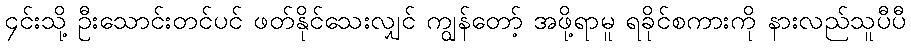
၄င်းသို့ ဦးသောင်းတင်ပင် ဖတ်နိုင်သေးလျှင် ကျွန်တော့် အဖို့ရာမူ ရခိုင်စကားကို နားလည်သူပီပီ